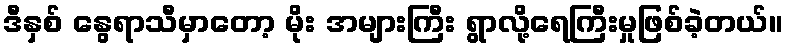
ဒီနှစ် နွေရာသီမှာတော့ မိုး အများကြီး ရွာလို့ရေကြီးမှုဖြစ်ခဲ့တယ်။